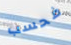
فحسب